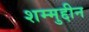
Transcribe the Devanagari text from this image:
शम्मुद्दीन